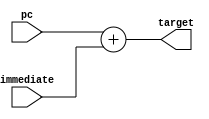
module BranchAndJumpTargGen (
    pc,
    immediate,
    target
);
    input wire [31:0] pc;
    input wire [31:0] immediate;
    output wire [31:0] target;

    assign target = pc + immediate;

endmodule